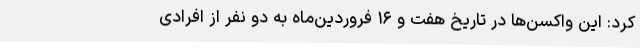
کرد: این واکسن‌ها در تاریخ هفت و ۱۶ فروردین‌ماه به دو نفر از افرادی